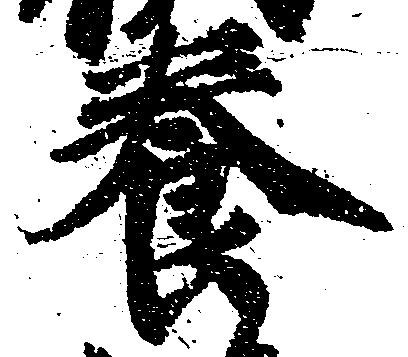
養